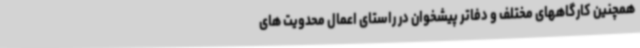
همچنین کارگاههای مختلف و دفاتر پیشخوان در راستای اعمال محدویت های